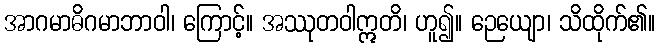
အာဂမာဓိဂမာဘာဝါ၊ ကြောင့်။ အဿုတဝါဣတိ၊ ဟူ၍။ ဉေယျော၊ သိထိုက်၏။